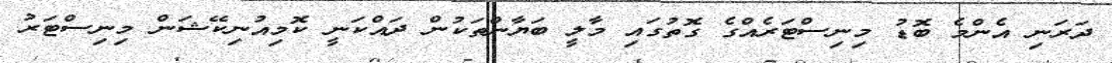
ދަރަނި އެންމެ ބޮޑު މިނިސްޓަރެއްގެ ގޮތުގައި މާލީ ބަޔާންތަކުން ދައްކަނީ ކޮމިއުނިކޭޝަން މިނިސްޓަރު